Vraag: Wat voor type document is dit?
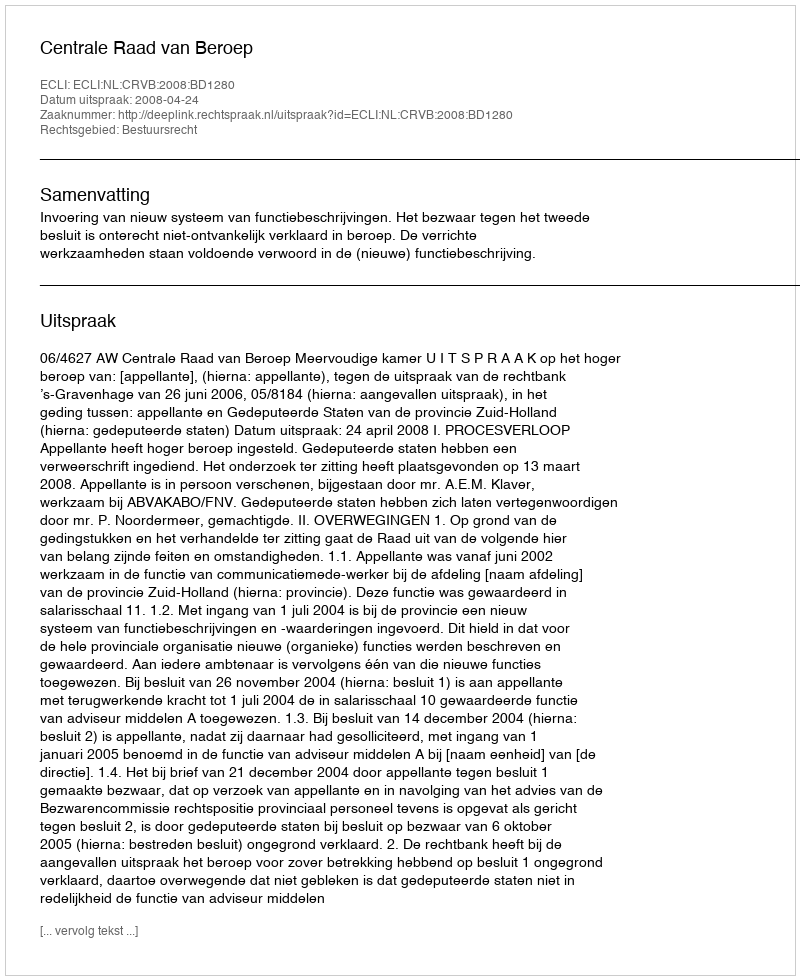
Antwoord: Uitspraak